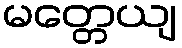
မတ္တေယျ